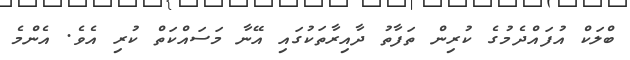
ބްލަކް އުފައްދެމުގެ ކުރިން ތަފާތު ދާއިރާތަކުގައި އޭނާ މަސައްކަތް ކުރި އެވެ. އެންމެ